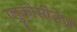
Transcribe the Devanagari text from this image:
ग्लुकोसीडेज़